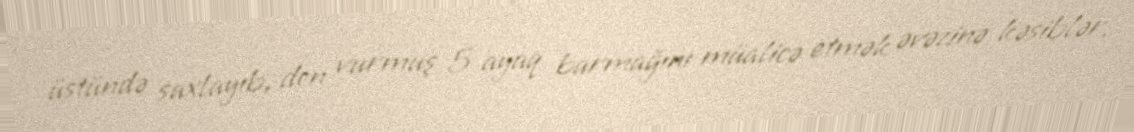
üstündə saxlayıb, don vurmuş 5 ayaq barmağını müalicə etmək əvəzinə kəsiblər.